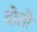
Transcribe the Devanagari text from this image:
दोतों